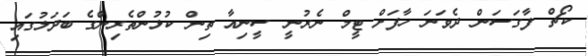
ކޯޗް ފާގަސަން ދެވަނަ ހާފަށް ޓީމް ނެރުނީ ސީނިއާ ތިން ކުޅުންތެރިންގެ ބަދަލުގައި